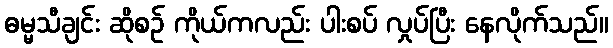
ဓမ္မသီချင်း ဆိုစဉ် ကိုယ်ကလည်း ပါးစပ် လှုပ်ပြီး နေလိုက်သည်။